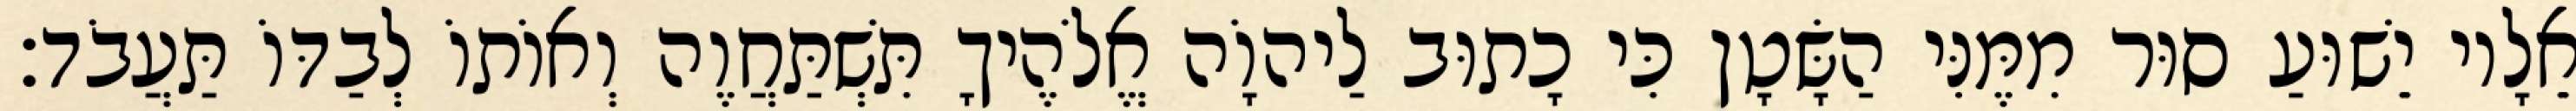
אֵלָיו יֵשׁוּעַ סוּר מִמֶּנִּי הַשָּׂטָן כִּי כָתוּב לַיהוָֹה אֱלֹהֶיךָ תִּשְׁתַּחֲוֶה וְאוֹתוֹ לְבַדּוֹ תַּעֲבֹד׃